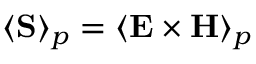
\langle \mathbf { S } \rangle _ { p } = \langle \mathbf { E } \times \mathbf { H } \rangle _ { p }